Civil Veterinary Department Bengal reports 1933-51 - 1933-1951
Year: 1933
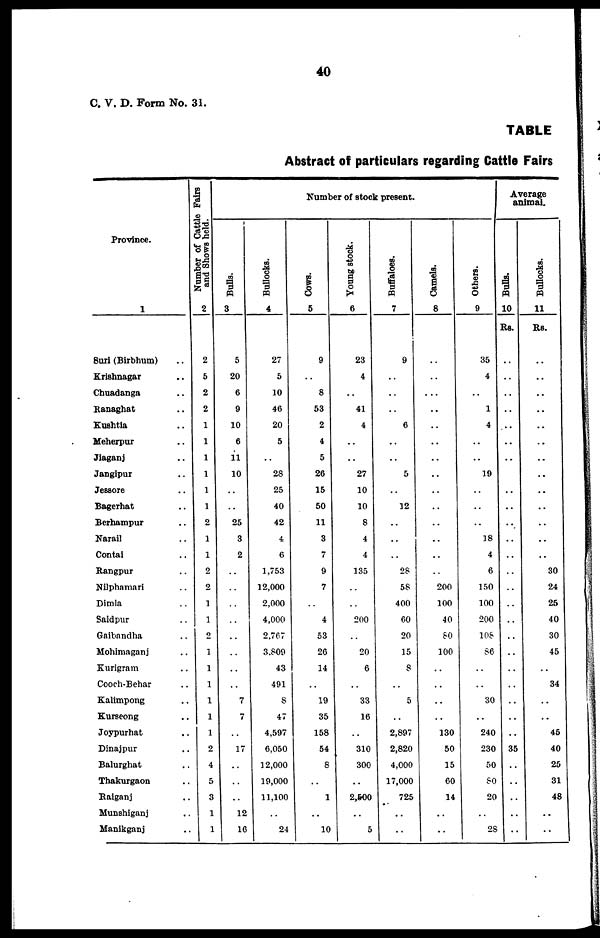
40
C. V. D. Form No. 31.
TABLE
Abstract of particulars regarding Cattle Fairs
Province.
1
Suri (Birbhum) ..
Krishnagar ..
Chuadanga ..
Ranaghat ..
Kushtia ..
Meherpur ..
Jiaganj ..
Jangipur ..
Jessore ..
Bagerhat ..
Berhampur ..
Narail ..
Contai ..
Rangpur ..
Nilphamari ..
Dimla ..
Saidpur ..
Gaibandha ..
Mohimaganj ..
Kurigram ..
Cooch-Behar ..
Kalimpong ..
Kurseong ..
Joypurhat ..
Dinajpur ..
Balurghat ..
Thakurgaon ..
Raiganj ..
Munshiganj ..
Manikganj ..
Number of Cattle Fairs
and Shows held.
2
2
5
2
2
1
1
1
1
1
1
2
1
1
2
2
1
1
2
1
1
1
1
1
1
2
4
5
3
1
1
Number of stock present.
Bulls.
3
5
20
6
9
10
6
11
10
..
..
25
3
2
..
..
..
..
..
..
..
..
7
7
..
17
..
..
..
12
16
Bullocks.
4
27
5
10
46
20
5
..
28
25
40
42
4
6
1,753
12,000
2,000
4,000
2,767
3,809
43
491
8
47
4,597
6,050
12,000
19,000
11,100
..
24
Cows.
5
9
..
8
53
2
4
5
26
15
50
11
3
7
9
7
..
4
53
26
14
..
19
35
158
54
8
..
1
..
10
Young stock.
6
23
4
..
41
4
..
..
27
10
10
8
4
4
135
..
..
200
..
20
6
..
33
16
..
310
300
..
2,600
..
5
Buffaloes.
7
9
..
..
..
6
..
..
5
..
12
..
..
..
28
58
400
60
20
15
8
..
5
..
2,897
2,820
4,000
17,000
725
..
..
Camels.
8
..
..
..
..
..
..
..
..
..
..
..
..
..
..
200
100
40
80
100
..
..
..
..
130
50
15
60
14
..
..
Others.
9
35
4
..
1
4
..
..
19
..
..
..
18
4
6
150
100
200
108
86
..
..
30
..
240
230
50
80
20
..
28
Average
animal.
Bulls.
10
Rs.
..
..
..
..
..
..
..
..
..
..
..
..
..
..
..
..
..
..
..
..
..
..
..
..
35
..
..
..
..
..
Bullocks.
11
Rs.
..
..
..
..
..
..
..
..
..
..
..
..
..
30
24
25
40
30
45
..
34
..
..
45
40
25
31
48
..
..